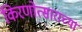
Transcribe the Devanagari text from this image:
किरणोत्साराच्या